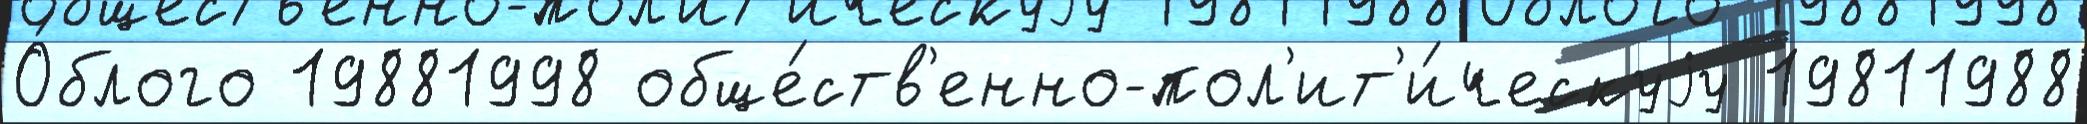
О́блого 19881998 обще́ств'енно-пол'ит'и́ческуjу 19811988